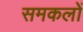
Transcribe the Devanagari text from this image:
समकलों